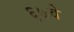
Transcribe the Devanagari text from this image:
६७वे